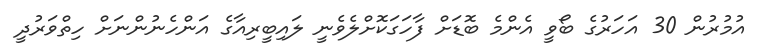
އުމުރުން 30 އަހަރުގެ ބޯވީ އެންމެ ބޮޑަށް ފާހަގަކޮށްލެވެނީ ލައިބީރިއާގެ އަންހެނުންނަށް ހިތްވަރުދީ